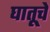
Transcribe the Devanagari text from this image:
घातूचे